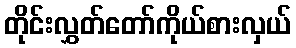
တိုင်းလွှတ်တော်ကိုယ်စားလှယ်